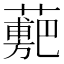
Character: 𧁉